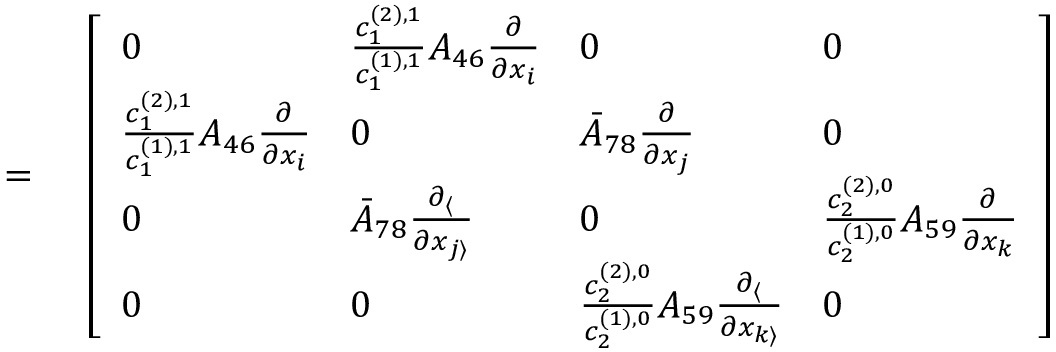
\begin{array} { r l } { = { } } & { { } \left[ \begin{array} { l l l l } { 0 } & { \frac { c _ { 1 } ^ { ( 2 ) , 1 } } { c _ { 1 } ^ { ( 1 ) , 1 } } A _ { 4 6 } \frac { \partial } { \partial x _ { i } } } & { 0 } & { 0 } \\ { \frac { c _ { 1 } ^ { ( 2 ) , 1 } } { c _ { 1 } ^ { ( 1 ) , 1 } } A _ { 4 6 } \frac { \partial } { \partial x _ { i } } } & { 0 } & { \bar { A } _ { 7 8 } \frac { \partial } { \partial x _ { j } } } & { 0 } \\ { 0 } & { \bar { A } _ { 7 8 } \frac { \partial _ { \langle } } { \partial x _ { j \rangle } } } & { 0 } & { \frac { c _ { 2 } ^ { ( 2 ) , 0 } } { c _ { 2 } ^ { ( 1 ) , 0 } } A _ { 5 9 } \frac { \partial } { \partial x _ { k } } } \\ { 0 } & { 0 } & { \frac { c _ { 2 } ^ { ( 2 ) , 0 } } { c _ { 2 } ^ { ( 1 ) , 0 } } A _ { 5 9 } \frac { \partial _ { \langle } } { \partial x _ { k \rangle } } } & { 0 } \end{array} \right] } \end{array}